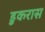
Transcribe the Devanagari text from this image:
डुकरास